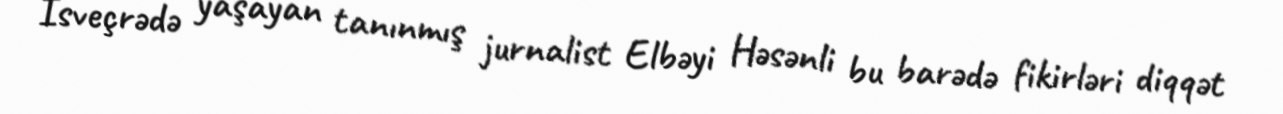
İsveçrədə yaşayan tanınmış jurnalist Elbəyi Həsənli bu barədə fikirləri diqqət